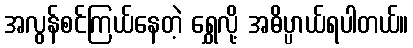
အလွန်စင်ကြယ်နေတဲ့ ရွှေလို့ အဓိပ္ပာယ်ရပါတယ်။